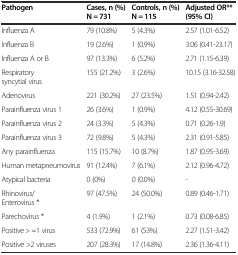
| Pathogen | Cases, n (%) N = 731 | Controls, n (%) N = 115 | Adjusted OR** (95% CI) |
 | --- | --- | --- | --- |
 | Influenza A | 79 (10.8%) | 5 (4.3%) | 2.57 (1.01-6.52) |
 | Influenza B | 19 (2.6%) | 1 (0.9%) | 3.06 (0.41-23.17) |
 | Influenza A or B | 97 (13.3%) | 6 (5.2%) | 2.71 (1.15-6.39) |
 | Respiratory syncytial virus | 155 (21.2%) | 3 (2.6%) | 10.15 (3.16-32.58) |
 | Adenovirus | 221 (30.2%) | 27 (23.5%) | 1.51 (0.94-2.42) |
 | Parainfluenza virus 1 | 26 (3.6%) | 1 (0.9%) | 4.12 (0.55-30.69) |
 | Parainfluenza virus 2 | 24 (3.3%) | 5 (4.3%) | 0.71 (0.26-1.9) |
 | Parainfluenza virus 3 | 72 (9.8%) | 5 (4.3%) | 2.31 (0.91-5.85) |
 | Any parainfluenza | 115 (15.7%) | 10 (8.7%) | 1.87 (0.95-3.69) |
 | Human metapneumovirus | 91 (12.4%) | 7 (6.1%) | 2.12 (0.96-4.72) |
 | Atypical bacteria | 0 (0%) | 0 (0.0%) | - |
 | Rhinovirus/Enterovirus * | 97 (47.5%) | 24 (50.0%) | 0.89 (0.46-1.71) |
 | Parechovirus * | 4 (1.9%) | 1 (2.1%) | 0.73 (0.08-6.85) |
 | Positive > =1 virus | 533 (72.9%) | 61 (53%) | 2.27 (1.51-3.42) |
 | Positive >2 viruses | 207 (28.3%) | 17 (14.8%) | 2.36 (1.36-4.11) |